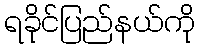
ရခိုင်ပြည်နယ်ကို